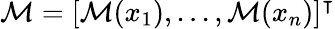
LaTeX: \mathcal{M}=[\mathcal{M}(x_{1}),...,\mathcal{M}(x_{n})]^{\intercal}